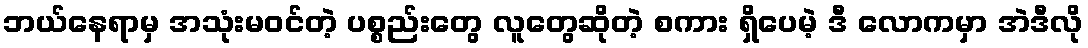
ဘယ်နေရာမှ အသုံးမဝင်တဲ့ ပစ္စည်းတွေ လူတွေဆိုတဲ့ စကား ရှိပေမဲ့ ဒီ လောကမှာ အဲဒီလို